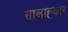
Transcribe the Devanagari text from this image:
सालाह्कार